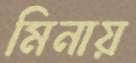
মিনায়